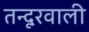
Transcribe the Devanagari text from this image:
तन्दूरवाली